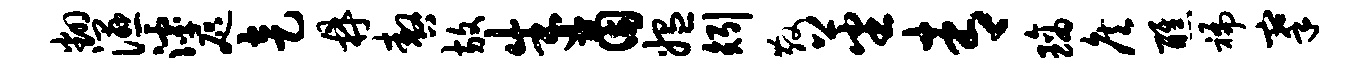
翻湿滹咫走鼎嗷放朱茵媪矧散蕃青璃侯醮褊搴